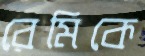
রেমিকে